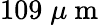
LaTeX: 109\; \mu\mathrm{~m~}